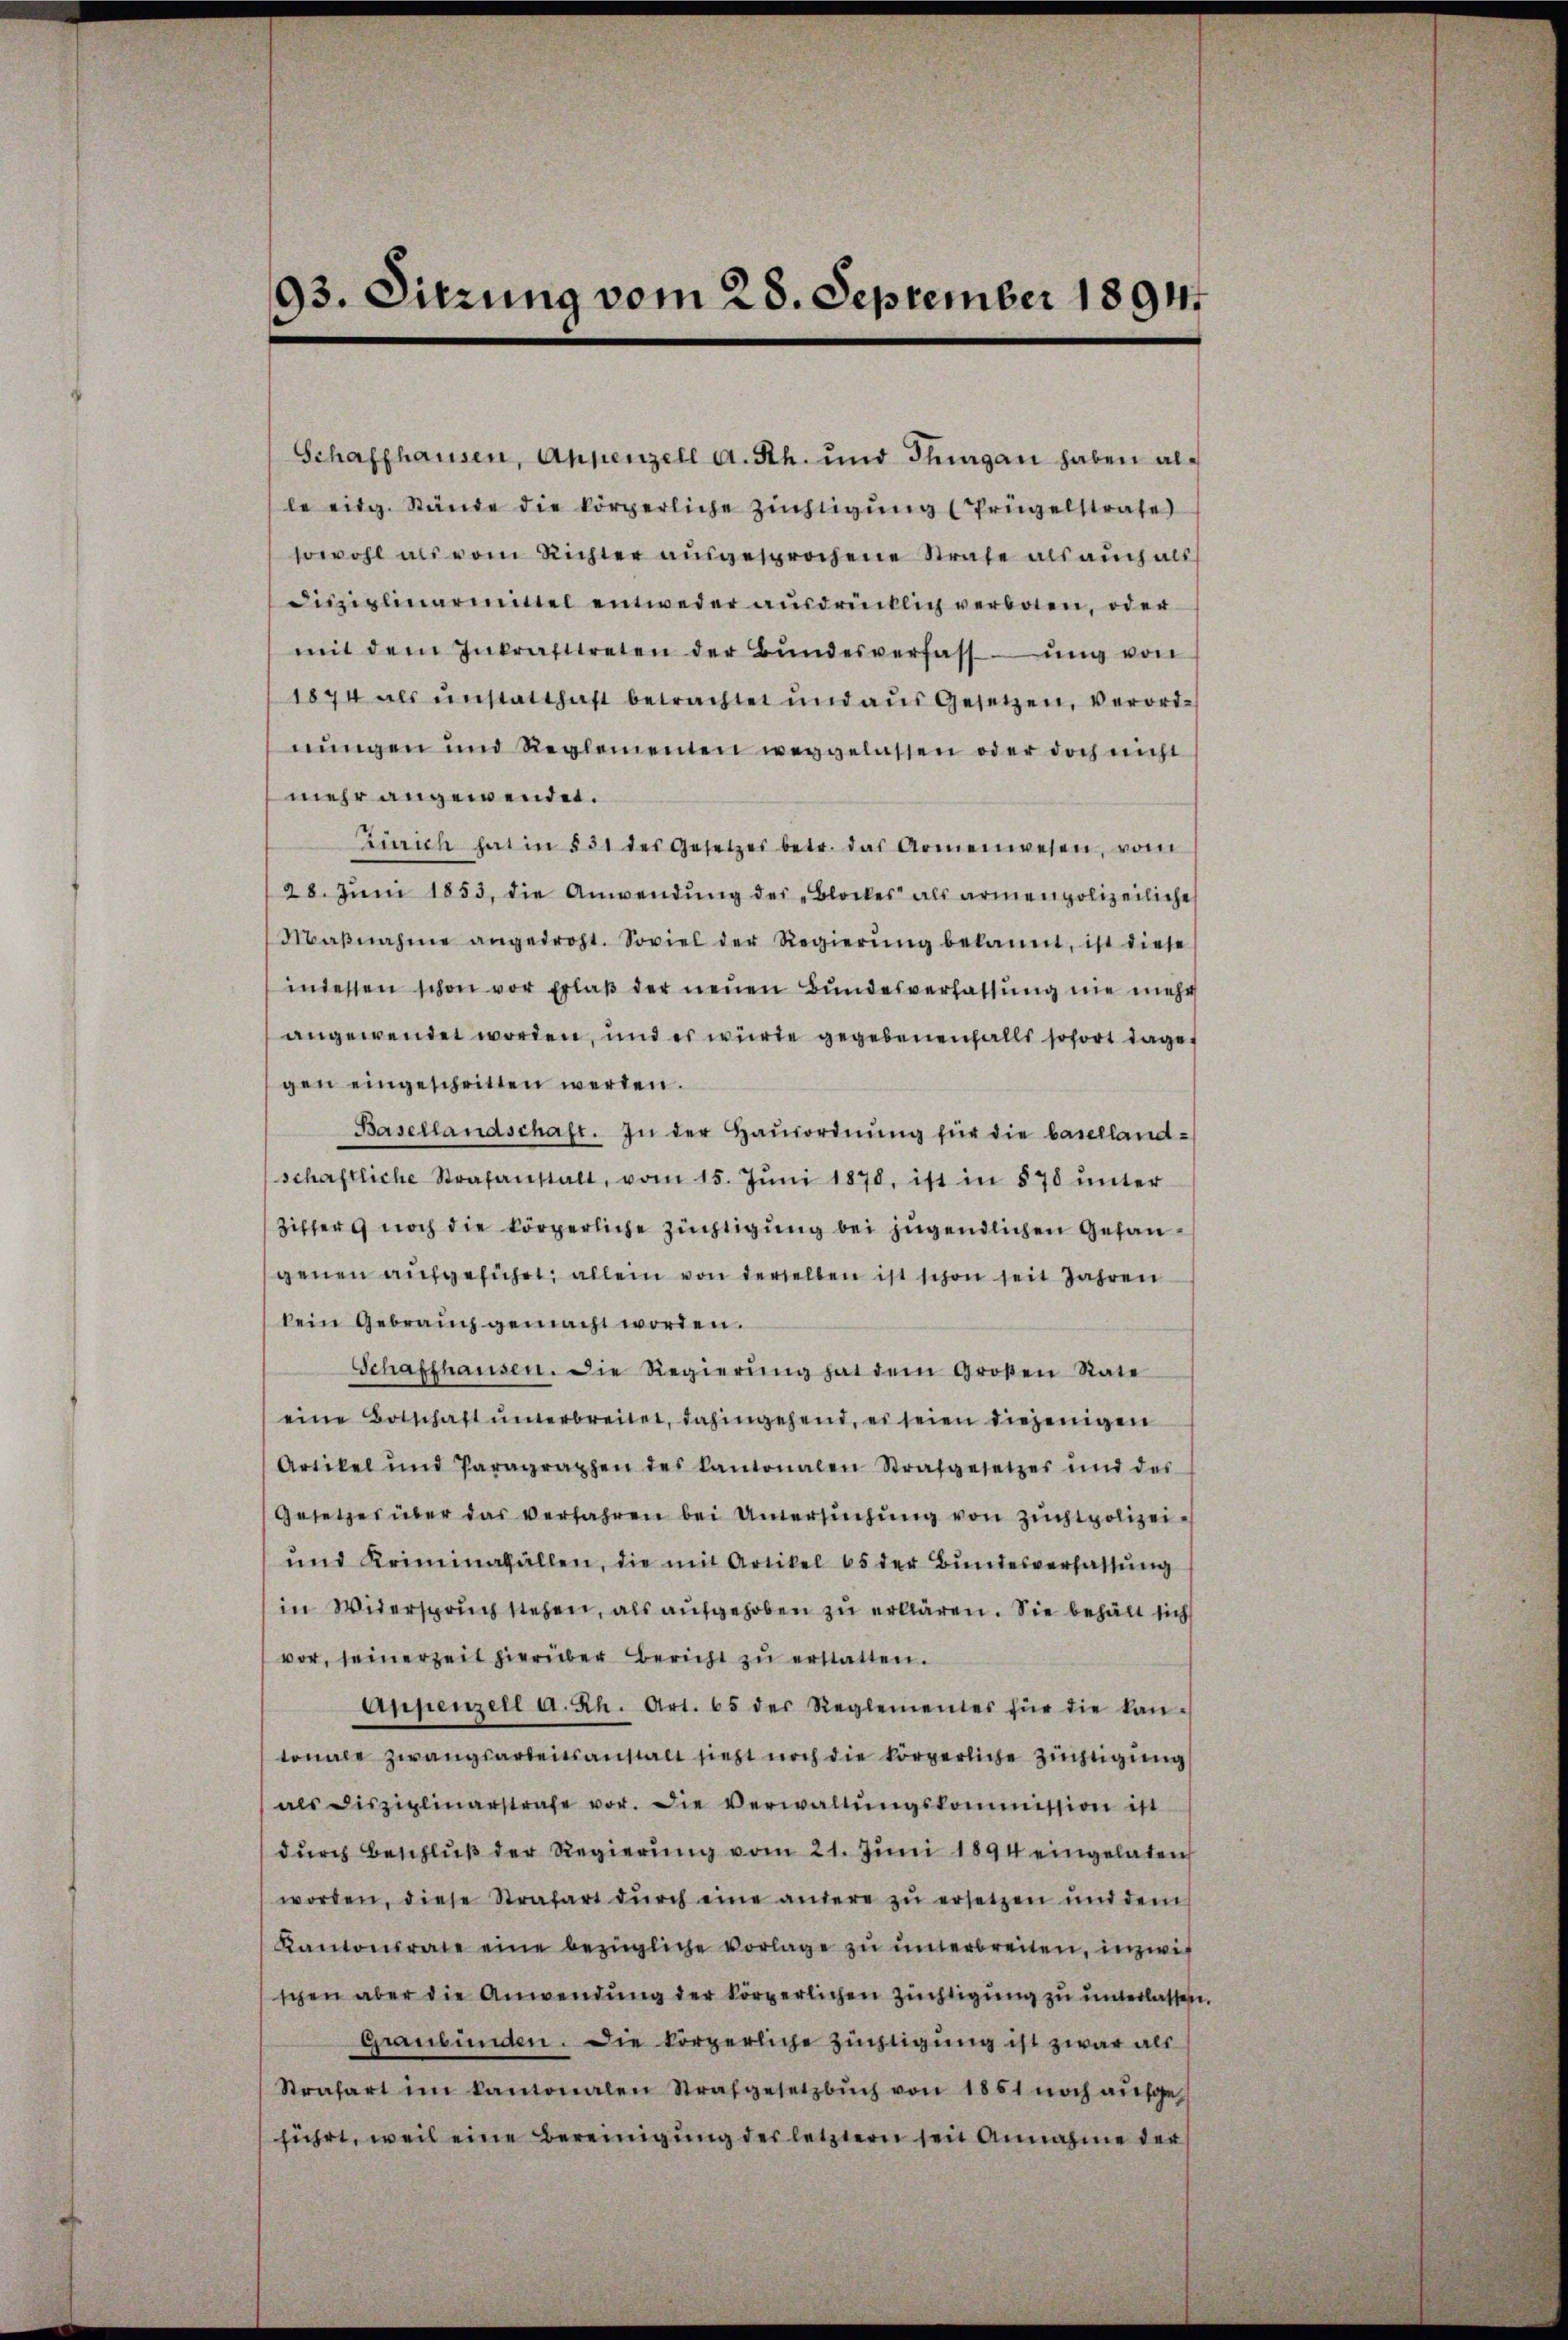
93. Sitzung vom 28. September 1894

Schaffhausen, Appenzell A. Rh. und Thurgan haben alle eitg. Stände die körperliche Züchtigung (Prügelstrafe
sowohl als vom Richter ausgesprochene Strafe als auch all
Disziplinarmittel entweder ausdrücklich verboten, oder
mit dem Inkrafttreten der Bŭndesverfassŭng von
1874 als unstatthaft betrachtet und aus Gesetzen, verordnŭngen und Reglementen weggelassen oder doch nicht
mehr angewendet.
Zürich hat in § 31 des Gesetzes betr. das Armenwesen, vom
28. Jŭni 1853, die Anwendŭng der „Blockes als armenpolizeiliche
Maβnahme angedroht. Soviel der Regierŭng bekannt, ist diese
indessen schon vor Erlaβ der neuen Bundesverhaltung nie mehr
angewendet worden, und es würde gegebenenfalls sofort dagegen eingeschritten werden.
Basellandschaft. In der Hausordnŭng für die baselland-
schaftliche Strafanstalt, vom 15. Jŭni 1878, ist in 870 ŭnter
Ziffer noch die körperliche Züchtigung bei jugendlichen Gefangenen aufgeführt, allein von derselben ist schon seit Jahren
kein Gebrauch gemacht worden.
Schaffhausen. Die Regierŭng hat dem Großen Rate
eine Botschaft ŭnterbreitet, dahingehend, es seien diejenigen
Artikel und Paragraphen des Kantonalen Strafgesetzes und des
Gesetzes über das verfahren bei Untersŭchŭng von Zuchtpolizeiŭnd Kriminalfällen, die mit Artikel 65 der Bundesverfassung
in Widerspruch stehen, als aufgehoben zu erklären. Sie behält sich
vor, seinerzeit hierüber bericht zŭ erstatten.
Appenzell a. Rh. Art. 65 der Reglementes für die kan-
tonale zwangsarbeitsanstalt sieht noch die körperliche Züchtigung
als disziplinarstrafe vor. Die Verwaltŭngskommission ist
dŭrch Beschlŭβ der Regierŭng vom 21. Jŭni 1894 eingelaten
worden, diese Strafart dŭrch eine andere zŭ ersetzen und dem
Kantonsrate eine bezügliche vorlage zŭ ŭnterbreiten, inzwif
schen aber die Anwendung der körperlichen Züchtigung zu unterlassen.
Graubünden. Die körperliche Züchtigung ist zwar als
Strafart im kantonalen Strafgesetzbuch von 1861 noch aufge
führt, weil eine Bereinigung des letztern seit Annahme der